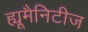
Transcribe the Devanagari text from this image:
ह्यूमैनिटीज